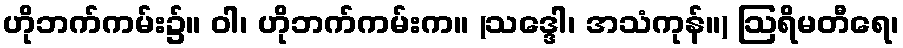
ဟိုဘက်ကမ်း၌။ ဝါ၊ ဟိုဘက်ကမ်းက။ (သဒ္ဒေါ၊ အသံကုန်။) ဩရိမတီရေ၊